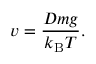
v = { \frac { D m g } { k _ { \mathrm { { B } } } T } } .